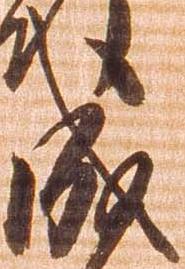
成